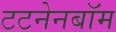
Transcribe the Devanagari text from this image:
टटनेनबॉम